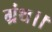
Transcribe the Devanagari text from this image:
ग्रंथ।।